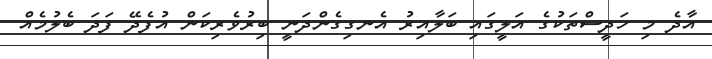
އާދެ މި ހަދީސްތަކުގެ އަލީގައި ބަލާއިރު އެނގިގެންދަނީ ބިރުވެރިކަން އުފެދޭ ފަދަ ބެލުމެއް